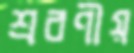
শ্রবণীয়